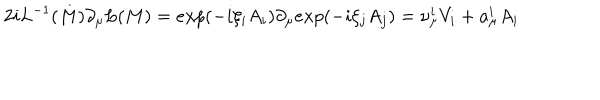
LaTeX: 2 i L ^ { - 1 } ( M ) \partial _ { \mu } L ( M ) = e x p ( { - i } \xi _ { i } A _ { i } ) \partial _ { \mu } e x p ( { - i } \xi _ { j } A _ { j } ) = \nu _ { \mu } ^ { i } V _ { i } + a _ { \mu } ^ { i } A _ { i }